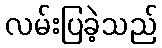
လမ်းပြခဲ့သည်